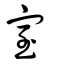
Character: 室